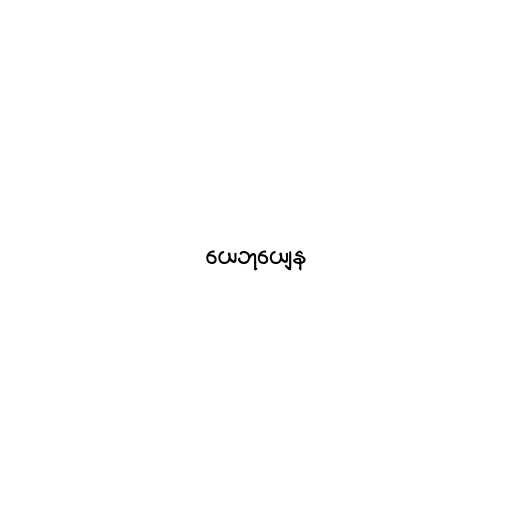
ယေဘုယျေန